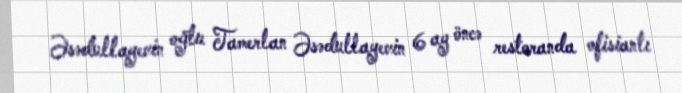
Əsədullayevin oğlu Tamerlan Əsədullayevin 6 ay öncə restoranda ofisiantı